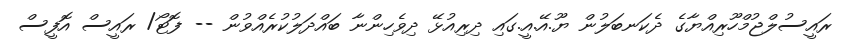
ރައީސުލްޖުމްހޫރިއްޔާގެ ދެކަނބަލުން ޔޫ.އޭ.އީ.ގައި ދިރިއުޅޭ ދިވެހިންނާ ބައްދަލުކުރެއްވުން -- ފޮޓޯ/ ރައީސް އޮފީސް